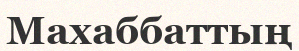
Махаббаттың